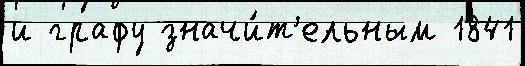
и графу значи́т'ельным 1841